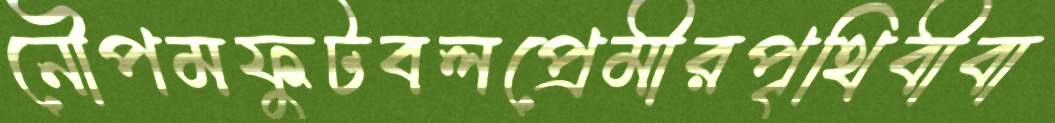
নৌপমফুটবলপ্রেমীরপৃথিবীবা